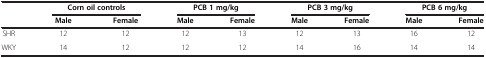
<table><thead><tr><td rowspan="2"><b> </b></td><td colspan="2"><b>Corn oil controls</b></td><td colspan="2"><b>PCB 1 mg/kg</b></td><td colspan="2"><b>PCB 3 mg/kg</b></td><td colspan="2"><b>PCB 6 mg/kg</b></td></tr><tr><td><b>Male</b></td><td><b>Female</b></td><td><b>Male</b></td><td><b>Female</b></td><td><b>Male</b></td><td><b>Female</b></td><td><b>Male</b></td><td><b>Female</b></td></tr></thead><tbody><tr><td>SHR</td><td>12</td><td>12</td><td>12</td><td>13</td><td>12</td><td>13</td><td>16</td><td>12</td></tr><tr><td>WKY</td><td>14</td><td>12</td><td>12</td><td>12</td><td>14</td><td>16</td><td>14</td><td>14</td></tr></tbody></table>